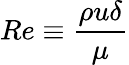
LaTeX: Re\equiv\frac{\rho u\delta}{\mu}